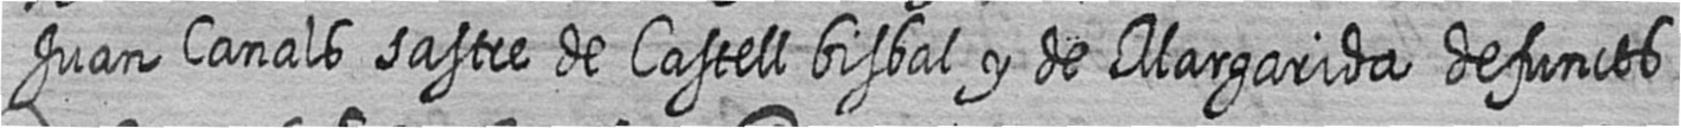
Juan Canals sastre de Castell bisbal y de Margarida defuncts